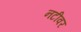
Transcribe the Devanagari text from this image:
नटीवर